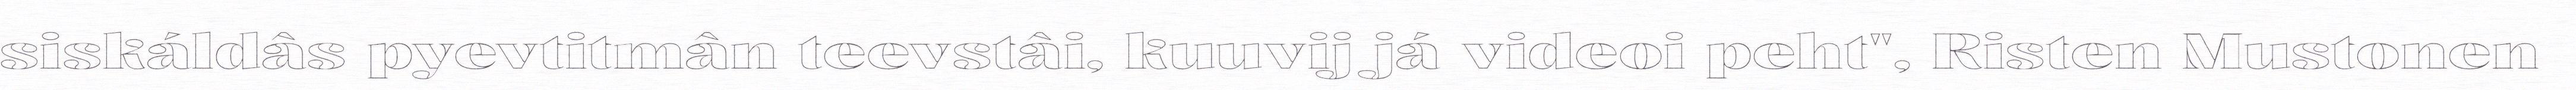
siskáldâs pyevtitmân teevstâi, kuuvij já videoi peht", Risten Mustonen